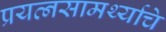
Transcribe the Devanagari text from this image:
प्रयत्‍नसामर्थ्याचे